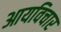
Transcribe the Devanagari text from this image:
आयविचार